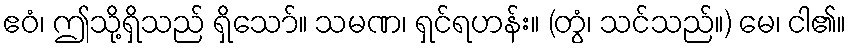
ဧဝံ၊ ဤသို့ရှိသည် ရှိသော်။ သမဏ၊ ရှင်ရဟန်း။ (တွံ၊ သင်သည်။) မေ၊ ငါ၏။